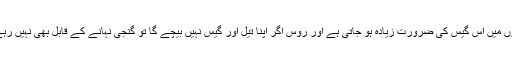
سردیوں میں اس گیس کی ضرورت زیادہ ہو جاتی ہے اور روس اگر اپنا تیل اور گیس نہیں بیچے گا تو گنجی نہانے کے قابل بھی نہیں رہے گی۔